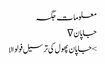
معلومات	جگہ
جاپان ∇
> جاپان پھول کی ترسیل فولوالا